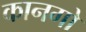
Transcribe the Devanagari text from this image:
कानगो